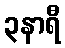
၃နာရီ